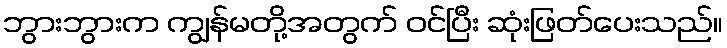
ဘွားဘွားက ကျွန်မတို့အတွက် ဝင်ပြီး ဆုံးဖြတ်ပေးသည်။